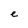
Character: e